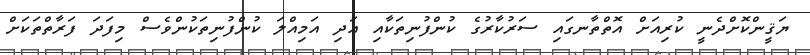
ޔަޤީންކޮށްދެނީ ކުރިއަށް އޮތްތާނގައި ސަރުކާރުގެ ކުންފުނިތަކާއި އަދި އަމިއްލަ ކުންފުނިތަކުންވެސް މިފަދަ ފަރާތްތަކަށް